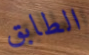
الطابق